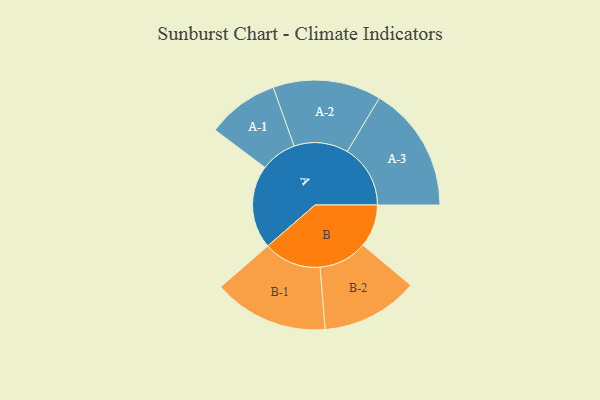
{"axis": {"x": "Segment", "y": "Value"}, "legend": ["", "A", "B"], "data": [{"x": "A", "y": 343, "type": ""}, {"x": "B", "y": 176, "type": ""}, {"x": "A-1", "y": 148, "type": "A"}, {"x": "A-2", "y": 223, "type": "A"}, {"x": "A-3", "y": 260, "type": "A"}, {"x": "B-1", "y": 237, "type": "B"}, {"x": "B-2", "y": 200, "type": "B"}]}